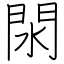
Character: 閖